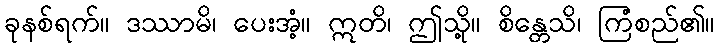
ခုနစ်ရက်။ ဒဿာမိ၊ ပေးအံ့။ ဣတိ၊ ဤသို့။ စိန္တေသိ၊ ကြံစည်၏။